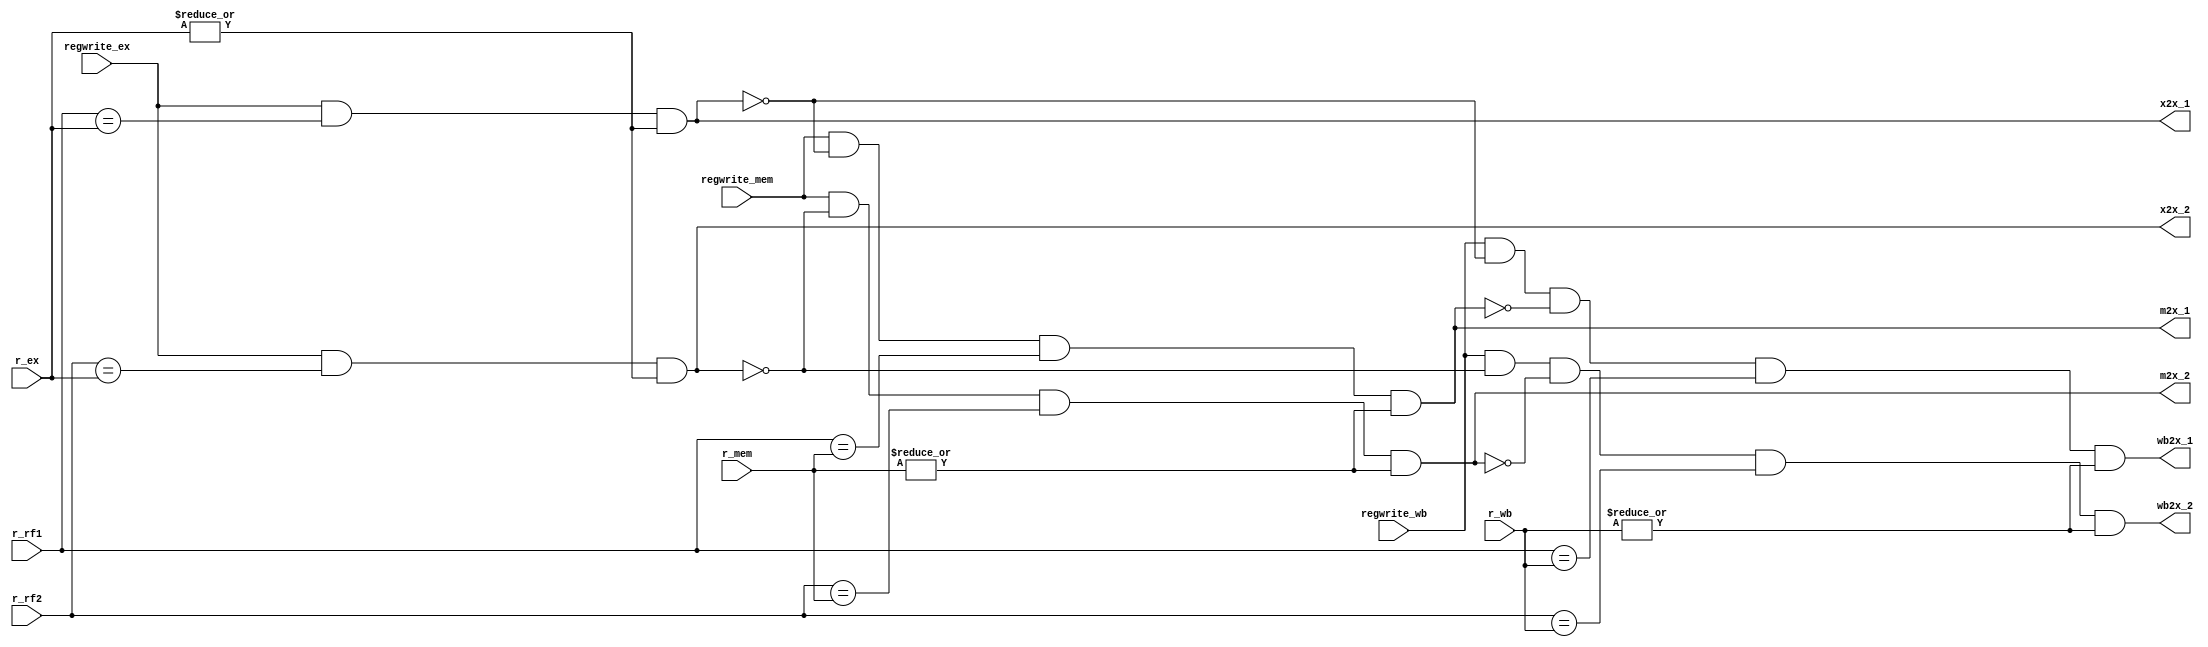
module fwd(
    input [2:0] r_rf1, // First register being read from reg file
    input [2:0] r_rf2, // Second register being read from reg file
    input [2:0] r_ex, // Register being output from EX stage
    input [2:0] r_mem, // Register written to from memory
	input [2:0] r_wb, //Register written to from wb
    
    input regwrite_ex, // If the result of the EX stage is written back; otherwise
                       // no need to forward because it shouldn't even be there
    input regwrite_mem, // Same for the result of the MEM stage
	input regwrite_wb, // And WB
    
    output x2x_1, // Whether to forward from ex to ex for first ALU register
    output x2x_2, // Whether to forward from ex to ex for second ALU register
    output m2x_1, // Whether to forward from mem to ex for first ALU register
    output m2x_2, // Whether to forward from mem to ex for second ALU register
	
	output wb2x_1,// Whether to forward from wb to ex for first ALU register
	output wb2x_2// Whether to forward from wb to ex for second ALU register
);

assign x2x_1 = regwrite_ex && (r_rf1 == r_ex) && (|r_ex);
assign x2x_2 = regwrite_ex && (r_rf2 == r_ex) && (|r_ex);

assign m2x_1 = regwrite_mem && (!x2x_1) && (r_rf1 == r_mem) && (|r_mem);
assign m2x_2 = regwrite_mem && (!x2x_2) && (r_rf2 == r_mem) && (|r_mem);

assign wb2x_1 = regwrite_wb && (!x2x_1) && (!m2x_1) && (r_rf1 == r_wb) && (|r_wb);
assign wb2x_2 = regwrite_wb && (!x2x_2) && (!m2x_2) && (r_rf2 == r_wb) && (|r_wb);  

endmodule